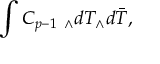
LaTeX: \int C _ { p - 1 } ~ _ { \wedge } d T _ { \wedge } d \bar { T } ,